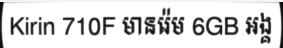
Kirin 710F មានរ៉េម 6GB អង្គ